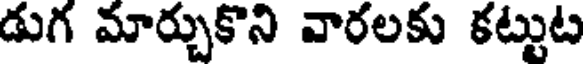
డుగ మార్చుకొని వారలకు కట్టుట